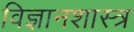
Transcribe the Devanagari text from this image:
विज्ञानशास्त्र